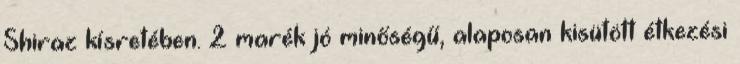
Shiraz kísretében. 2 marék jó minőségű, alaposan kisütött étkezési